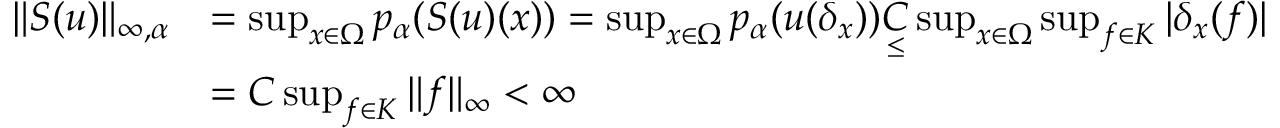
\begin{array} { r l } { \| S ( u ) \| _ { \infty , \alpha } } & { = \operatorname* { s u p } _ { x \in \Omega } p _ { \alpha } ( S ( u ) ( x ) ) = \operatorname* { s u p } _ { x \in \Omega } p _ { \alpha } ( u ( \delta _ { x } ) ) \underset { \leq } C \operatorname* { s u p } _ { x \in \Omega } \operatorname* { s u p } _ { f \in K } | \delta _ { x } ( f ) | } \\ & { = C \operatorname* { s u p } _ { f \in K } \| f \| _ { \infty } < \infty } \end{array}